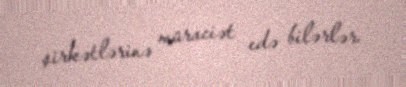
şirkətlərinə müraciət edə bilərlər.